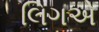
લિગએ